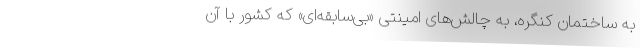
به ساختمان کنگره، به چالش‌های امینتی «بی‌سابقه‌ای» که کشور با آن